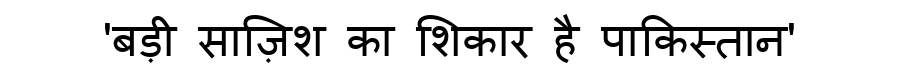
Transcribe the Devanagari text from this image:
'बड़ी साज़िश का शिकार है पाकिस्तान'